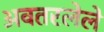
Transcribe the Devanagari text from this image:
अवतरलेले